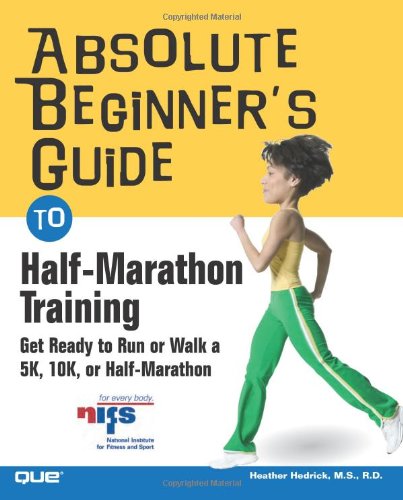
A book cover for Absolute Beginner's Guide to Half-Marathon Training: Get Ready to Run or Walk a 5K, 8K, 10K or Half-Marathon Race; Heather Hedrick; Sports & Outdoors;